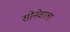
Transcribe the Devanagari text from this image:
सोनेवाला